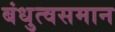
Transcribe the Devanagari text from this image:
बंधुत्वसमान